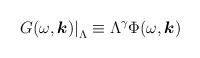
LaTeX: \begin{align*}\left. G(\omega, \mbox{\boldmath $k$}) \right|_{\Lambda} \equiv \Lambda^{\gamma}\Phi (\omega, \mbox{\boldmath $k$})\end{align*}